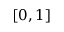
[ 0 , 1 ]